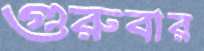
গুরুবার